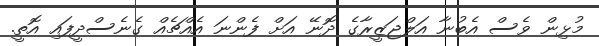
މުޅިން ވެސް އެބުނާ އަލްޖަޒީރާގެ ދޮނޭ އަށް ފެންނަ އެއްޗެއް ގެނެސްދީފައި އޮތީ.